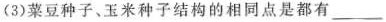
(3)菜豆种子、玉米种子结构的相同点是都有___